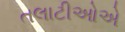
તલાટીઓએ